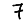
Digit: 7